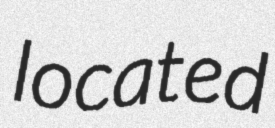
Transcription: located